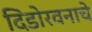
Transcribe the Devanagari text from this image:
दिंडोरवनाचे